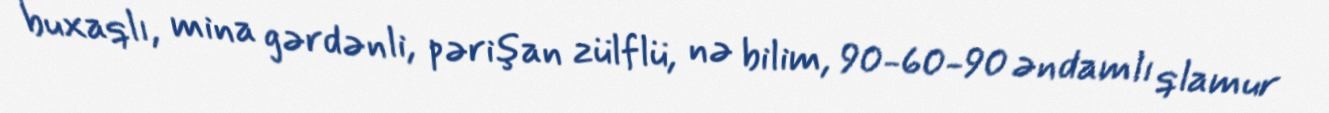
buxaqlı, mina gərdənli, pərişan zülflü, nə bilim, 90-60-90 əndamlı qlamur